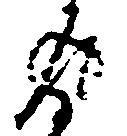
返